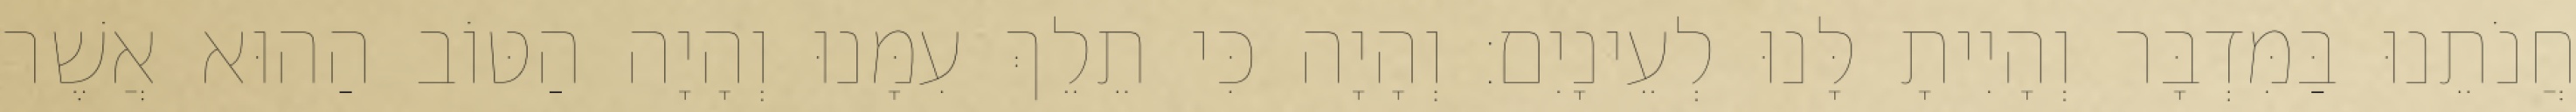
חֲנֹתֵנוּ בַּמִּדְבָּר וְהָיִיתָ לָּנוּ לְעֵינָיִם׃ וְהָיָה כִּי תֵלֵךְ עִמָּנוּ וְהָיָה הַטּוֹב הַהוּא אֲשֶׁר